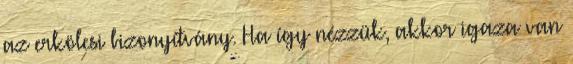
az erkölcsi bizonyítvány. Ha így nézzük, akkor igaza van